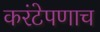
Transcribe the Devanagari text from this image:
करंटेपणाच